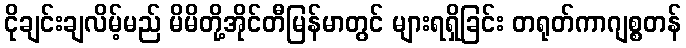
ငိုချင်းချလိမ့်မည် မိမိတို့အိုင်တီမြန်မာတွင် များရရှိခြင်း တရုတ်ကာဂျစ္စတန်